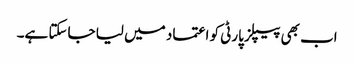
اب بھی پیپلز پارٹی کو اعتماد میں لیا جاسکتا ہے۔